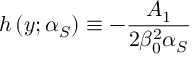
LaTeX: h \left( y ; \alpha _ { S } \right) \equiv - \frac { A _ { 1 } } { 2 \beta _ { 0 } ^ { 2 } \alpha _ { S } }